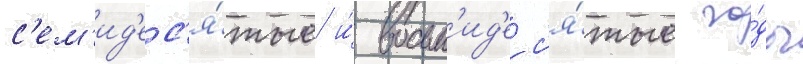
с'ем'ид'ес'я́тые и́ восьм'ид'ес'я́тые го́ды